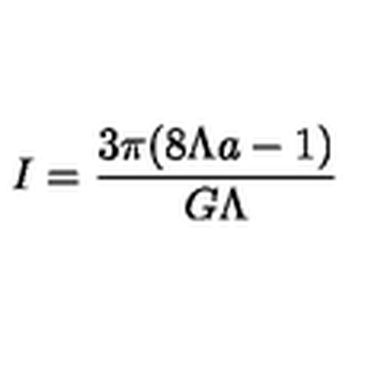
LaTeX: I = \frac { 3 \pi ( 8 \Lambda a - 1 ) } { G \Lambda }